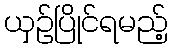
ယှဉ်ပြိုင်ရမည့်